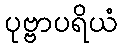
ပုဗ္ဗာပရိယံ